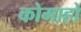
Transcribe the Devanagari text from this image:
कोमाहो